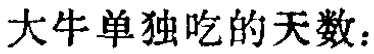
大牛单独吃的天数：